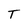
Character: T